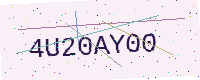
Text: 4U20AY00